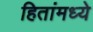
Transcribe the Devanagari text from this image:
हितांमध्ये